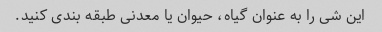
این شی را به عنوان گیاه، حیوان یا معدنی طبقه بندی کنید.